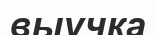
выучка